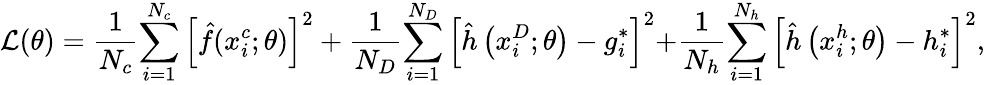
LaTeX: \mathcal{L}(\theta)=\frac{1}{{{N_{c}}}}{\sum_{i=1}^{{N_{c}}}{\left[{\hat{f}(x_{i}^{c};\theta)}\right]}^{2}}+\frac{1}{{{N_{D}}}}{\sum_{i=1}^{{N_{D}}}{\left[{\hat{h}\left({x_{i}^{D};\theta}\right)-g_{i}^{*}}\right]}^{2}}\mathrm{{+}}\frac{1}{{{N_{h}}}}{\sum_{i=1}^{{N_{h}}}{\left[{\hat{h}\left({x_{i}^{h};\theta}\right)-h_{i}^{*}}\right]}^{2}},